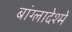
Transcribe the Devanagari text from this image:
बांग्लादेश्में